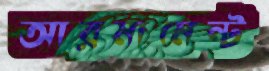
আরমামেন্ট